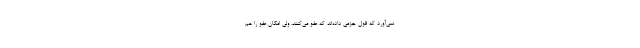
نمى‌آورد كه قول جزمى ‌داده‌اند كه عفو مى‌كنند، ولى امكان عفو را هم